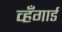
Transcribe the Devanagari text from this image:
व्हँगार्ड